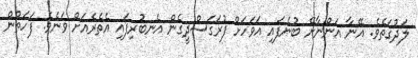
ލަދުގަތެވެ. އޭނާ އަންނާށޭ ބުނެފައި އަވަހަށް ފުރަގަސްދީގެން އެނބުރިފައި އެތެރެއަށް ވަނެވެ. ފަހަތުން